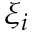
\xi _ { i }